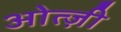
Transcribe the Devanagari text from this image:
ओत्ज़ी